system: You are a helpful assistant.
user:
Analyze the provided spectrum to determine if it is a **Carbon Star (C-type)**.

- **Key Visual Indicators of Carbon Star:**
    - **(Primary):** Strong molecular absorption from **C₂ (diatomic carbon) "Swan Bands."** This is the **defining feature** of a carbon star.
        - **(Key Bandheads):** Sharp absorption edges are visible at approximately $5635$ Å, $5165$ Å (the strongest band), and $4737$ Å.
        - **(Line Profile):** Creates a distinct **"saw-tooth"** pattern. The key morphology is a sharp, steep bandhead on the **red (long-wavelength) side**, which then gradually tapers off (i.e., flux recovers) towards the **blue (short-wavelength) side**. *(This is the direct opposite of the TiO bands seen in M-type stars)*.

    - **(Secondary):** Intense **CN (cyanogen)** molecular absorption bands.
        - **(Key Bandheads):** Located in the blue and violet regions of the spectrum (e.g., near $4215$ Å and $3883$ Å).
        - **(Morphology):** These bands are extremely broad and act as a "blanket," absorbing the vast majority of blue and violet light. This creates a characteristic **"cliff"** or **"steep drop-off"** in the spectrum's flux at short wavelengths.

    - **(Key Confirmation):** Strong **CH absorption band (G-band)**.
        - **(Key Bandhead):** Located around $4300$ Å. The contribution from CH molecules to this band is exceptionally strong.

    - **(Overall Spectrum):**
        - The continuum is severely "chopped up" by these deep molecular bands, especially C₂, rather than appearing as a smooth curve.
        - Due to the heavy CN and C₂ absorption in the blue-green, the vast majority of the star's flux is concentrated in the red part of the spectrum, giving the star its characteristic deep red color.

Think first, call **spectral_visualization_tool** if needed to examine features in detail, then provide your final answer. Your response must adhere to the following strict rules:
1.  **Overall Structure:** Your response must follow the format `<think>...</think> <tool_call>...</tool_call> (if a tool is used) <answer>...</answer>`.
2.  **Tool Usage Constraint:** You may only make **one** tool call per turn.
3.  **Final Answer Format:** In the `<answer>` tag, your conclusion must be inside a `\boxed{}` command (e.g., `\boxed{YES}`), followed by your justification.

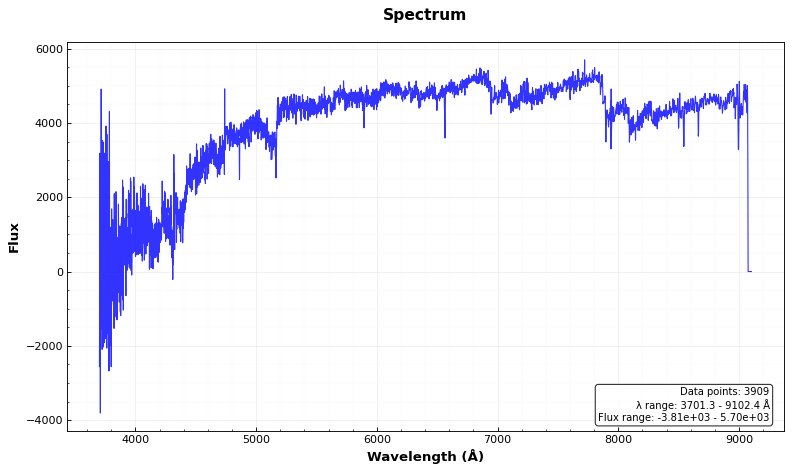
Answer: YES